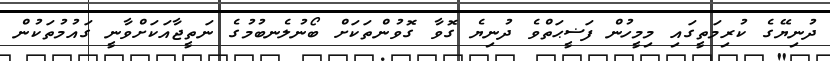
ދުނިޔޭގެ ކުރިމަތީގައި މިމީހުން ފަޟީޙަތްވެ ދުނިޔެ ގޮވާ ގޮވުންތަކަށް ބޯނުލެނބުމުގެ ނަތީޖާއަކަށްވާނީ ގައުމުތަކުން